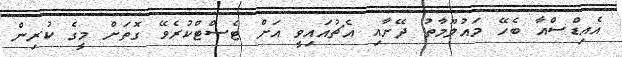
އެއިޑްސްއާ ބެހޭ މައުލޫމާތު ދޭށާއި އެޗުއައިވީ އަށް ޓެސްޓްކުރެވޭ ގޮތަށް މީގެ ކުރިން